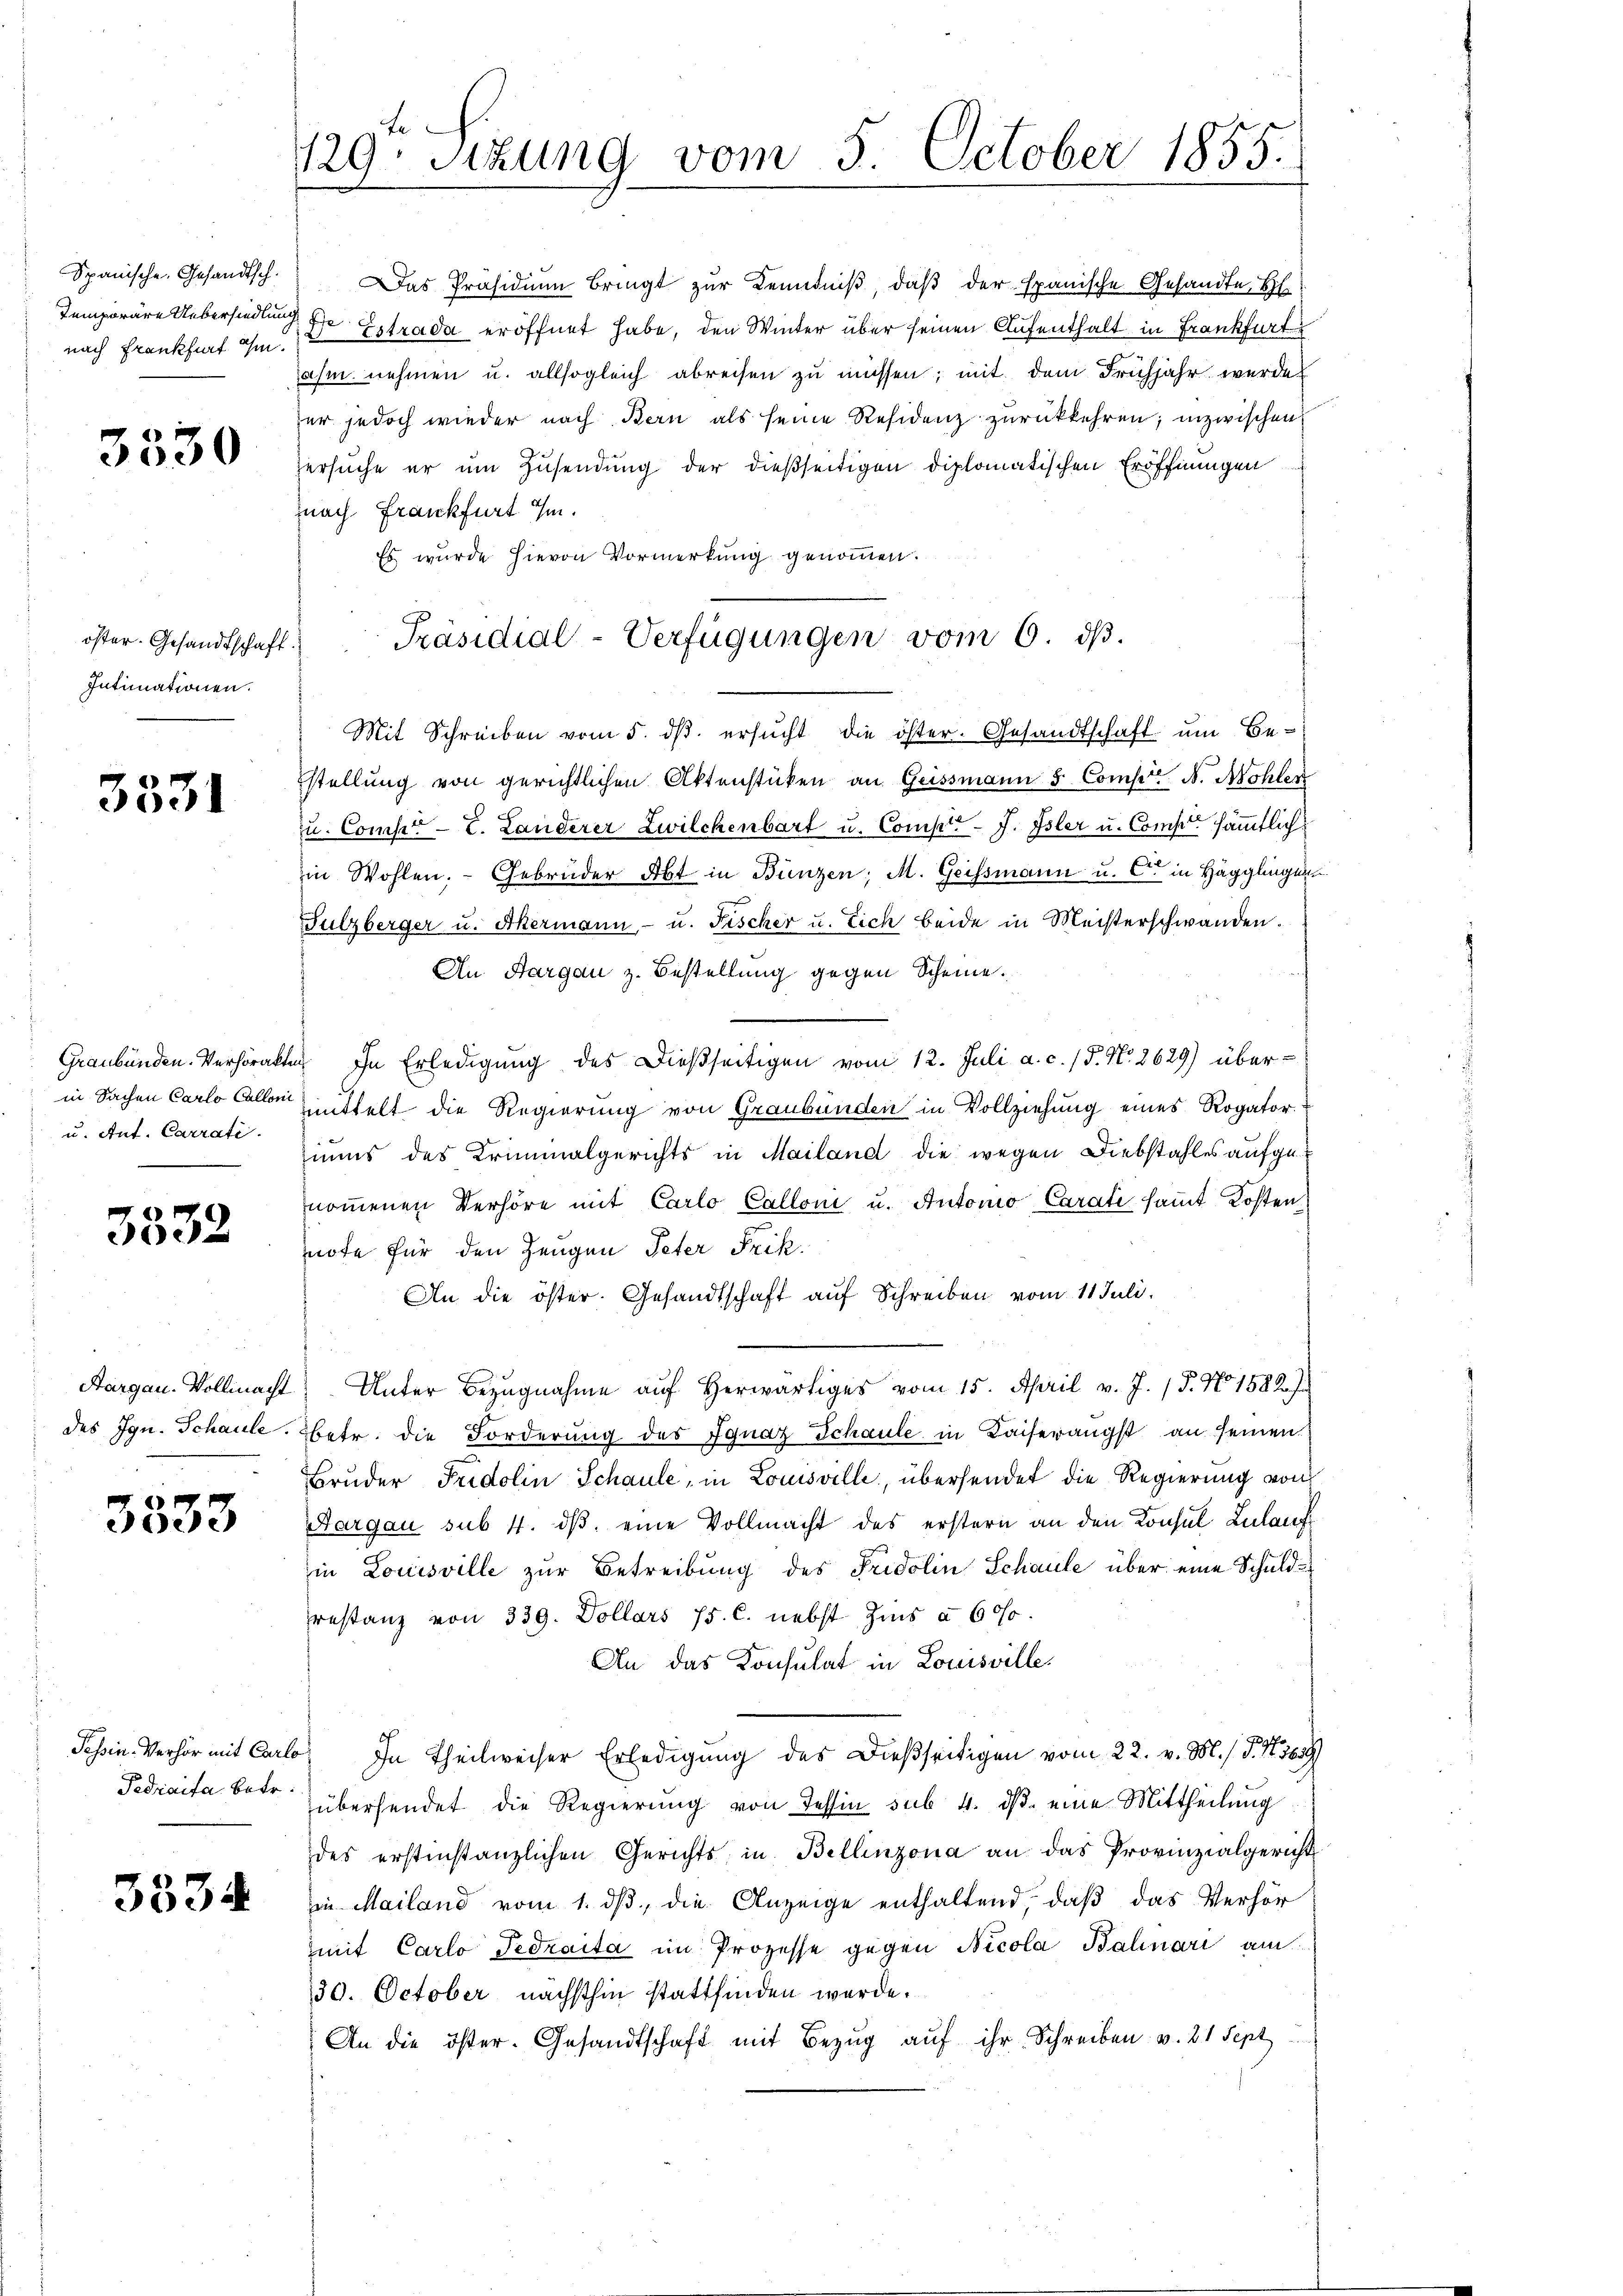
Spanische Gesandtsch.
Temporäre Uebersiedlung
nach Frankfurt ihm.

3530

öster. Gesandtschaft.
Intimationen.

3331

Graubünden. Verhörakte
in Sachen Carlo Calloni
u. Ant. Carrati

3332

des Ign. Schaule.

3333

Fedraita betr.

3334

129. Sitzung vom 5. October 1855.
e

Das Präsidium bringt zur Kenntniß, daß der spanische Gesandte, H
H. Dr Estrada eröffnet habe, den Winter über seinen Aufenthalt in Frankfurt
ahm nehmen u. allsogleich abreisen zu müssen; mit dem Frühjahr werde
er jedoch wieder nach Bern als seine Residenz zurückkehren; inzwischen
ersuche er um Zusendung der dießseitigen diplomatischen Eröffnungen
znach Frankfurt ihm.
Es wurde hievon Vormerkung genommen.

Mit Schreiben vom 5. dβ. ersŭcht die öster. Gesandtschaft um Be-
stellung von gerichtlichen Aktenstücken an Geissmann 5. Comp. N. Nohlen
u. Compt L. Landerer Zwilchenbart u. Compte-J. Isler u. Comp. sämmtlich
in Wohlen. Gebrüder Abt in Bunzen; M. Geissmann u. C in Hägglingen
Sulzberger u. Akermann, - u. Fischer u. Eich beide in Meisterschwanden.
An Aargau z. Bestellung gegen Scheine.
lc in Erledigung des Dießseitigen vom 12. Juli a. c. 15. No. 2629) übermmittelt die Regierung von Graubünden in Vollziehung eines Rogator
muns des Kriminalgerichts in Mailand die wegen Diebstahles aufgenoṁenen Verhöre mit Carlo Calloni u. Antonio Carati sammt Kosten,
note für den Zeugen Peter Frik
An die öster. Gesandtschaft auf Schreiben vom 11 Juli.
Aargau. Vollmacht, Unter Bezugnahme auf herwärtiges vom 15. April v. J. 17. No 1582 J.
Betr. die Forderung des Ignaz Schaule in Kaiserangst an seinen
Bruder Fridolin Schaule, in Louisville, übersendet die Regierung von
Aargau sub 4. dβ eine Vollmacht des erstern an den Konsul Lulauf
in Louisville zŭr Betreibung des Fridolin Schaule über eine Schuld
restanz von 339. Dollars 15. C. nebst Zins à 600.
An das Konsulat in Louisville¬
Tessin. Verhör mit Carlo, In Theilweiser Erledigung des dießseitigen vom 22. v. M. (T. S. 369
übersendet die Regierung von Tessin sub. 4. ds. eine Mittheilung
des erstinstanzlichen Gerichts in Bellinzona an das Provinzialgericht
in Mailand vom 1. dß die Anzeige enthaltend, daß das Verhör
mit Carlo Tedraita im Prozesse gegen Nicola Balinari am
30. October nächsthin stattfinden werde.
An die öster. Gesandtschaft mit Bezŭg aŭf ihr Schreiben v. 21 Sept

Präsidial-Verfügungen vom 6. ds.